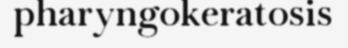
pharyngokeratosis